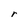
Character: r